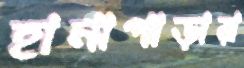
হানাপাড়ার